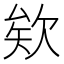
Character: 欸